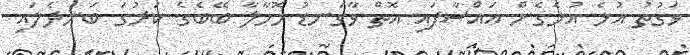
ވަގުތު އުޅެ އުޅެގެން އައްސާފައި އޮތް ވާގަނޑު މޮހާލާ ބޭބެގެ ކަރުގަ ބަނދެލައި